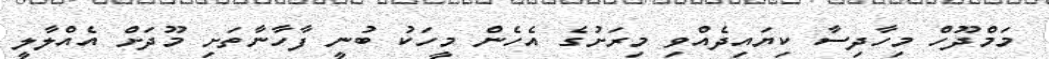
މަމްދޫހް މިހާދިސާ ކިޔައިދެއްވި މިރަށުގެ އެހެން މީހަކު ބުނީ ފާހާނާތަށި މޫދަށް އެއްލާލީ